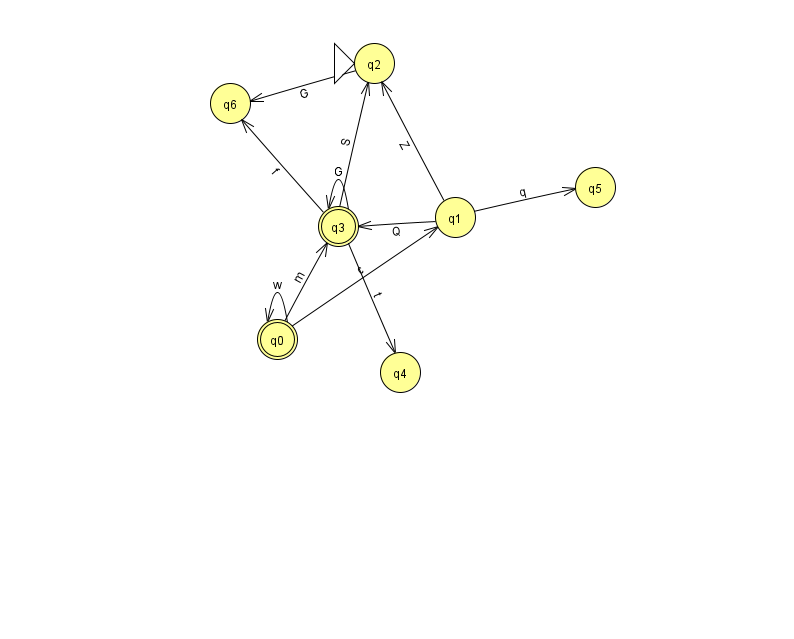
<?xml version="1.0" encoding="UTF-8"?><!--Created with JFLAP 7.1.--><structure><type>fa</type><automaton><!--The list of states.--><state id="0" name="q0"><x>277.0</x><y>326.0</y><final/></state><state id="1" name="q1"><x>455.0</x><y>204.0</y></state><state id="2" name="q2"><x>374.0</x><y>50.0</y><initial/></state><state id="3" name="q3"><x>338.0</x><y>213.0</y><final/></state><state id="4" name="q4"><x>400.0</x><y>359.0</y></state><state id="5" name="q5"><x>595.0</x><y>174.0</y></state><state id="6" name="q6"><x>230.0</x><y>90.0</y></state><!--The list of transitions.--><transition><from>3</from><to>6</to><read>f</read></transition><transition><from>0</from><to>1</to><read>c</read></transition><transition><from>0</from><to>0</to><read>w</read></transition><transition><from>0</from><to>3</to><read>m</read></transition><transition><from>3</from><to>3</to><read>G</read></transition><transition><from>2</from><to>6</to><read>G</read></transition><transition><from>1</from><to>2</to><read>Z</read></transition><transition><from>3</from><to>4</to><read>t</read></transition><transition><from>3</from><to>2</to><read>S</read></transition><transition><from>1</from><to>3</to><read>Q</read></transition><transition><from>1</from><to>5</to><read>q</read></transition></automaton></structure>